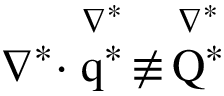
\boldsymbol { \nabla } ^ { * } \boldsymbol { \cdot } \stackrel { \nabla ^ { * } } { \boldsymbol { \mathrm { q } } ^ { * } } \, \not \equiv \, \stackrel { \nabla ^ { * } } { \boldsymbol { \mathrm { Q } } ^ { * } }